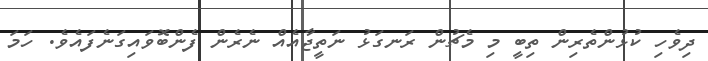
ދިވެހި ކުޅުންތެރިން ތިބީ މި މެޗުން ރަނގަޅު ނަތީޖާއެއް ނެރެން ފެންބޮވައިގަނެފައެވެ. ހަމަ